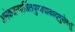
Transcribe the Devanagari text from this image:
अनेकजन्मार्जितपुण्यपाकाद्गुरोस्तु